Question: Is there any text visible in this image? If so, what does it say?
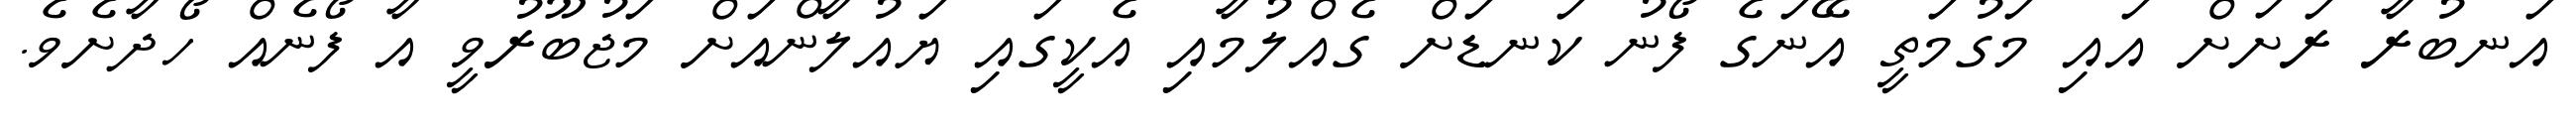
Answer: އަނބުރާ ރަށަށް އައި މަގުމަތީ އޭނަގެ ފޯނު ކަނޑަށް ގެއްލުމާއި އެކީގައި ޔައުލާންއަށް މަޖުބޫރުވީ އާ ފޯނެއް ހޯދާށެވެ.